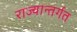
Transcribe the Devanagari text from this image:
राज्यान्तर्गत